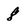
Character: 8